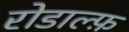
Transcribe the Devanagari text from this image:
रोडाल्फ़